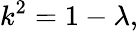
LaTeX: k^{2}=1-\lambda,